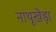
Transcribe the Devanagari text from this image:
नाथूखेड़ा